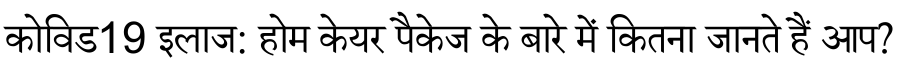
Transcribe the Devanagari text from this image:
कोविड19 इलाज: होम केयर पैकेज के बारे में कितना जानते हैं आप?